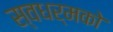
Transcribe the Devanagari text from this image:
स्‍वधर्मको